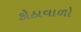
કોઠાવાળો